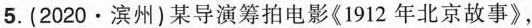
5.(2020·滨州)某导演筹拍电影《1912年北京故事》，